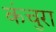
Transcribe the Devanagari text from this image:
कंचुरा